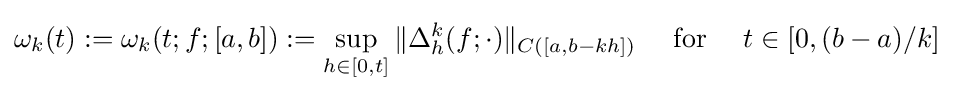
\omega _{k}(t):=\omega _{k}(t;f;[a,b]):=\sup _{h\in [0,t]}\|\Delta _{h}^{k}(f;\cdot )\|_{C([a,b-kh])}\quad {\text{ for }}\quad t\in [0,(b-a)/k]